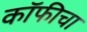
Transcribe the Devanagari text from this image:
कॉफीचा